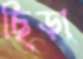
ছিড়া